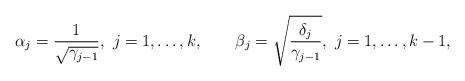
LaTeX: \begin{align*}\alpha_{j}=\frac{1}{\sqrt{\gamma_{j-1}}},\ j=1,\dots,k,\qquad\beta_{j}=\sqrt{\frac{\delta_{j}}{\gamma_{j-1}}},\ j=1,\dots,k-1,\end{align*}